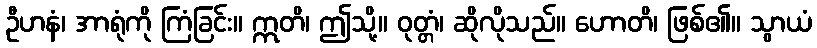
ဦဟနံ၊ အာရုံကို ကြံခြင်း။ ဣတိ၊ ဤသို့။ ဝုတ္တံ၊ ဆိုလိုသည်။ ဟောတိ၊ ဖြစ်၏။ သွာယံ